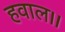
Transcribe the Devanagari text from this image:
हवाल।।